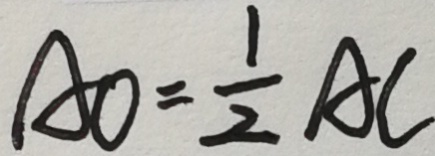
A O = \frac { 1 } { 2 } A C